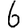
Digit: 6